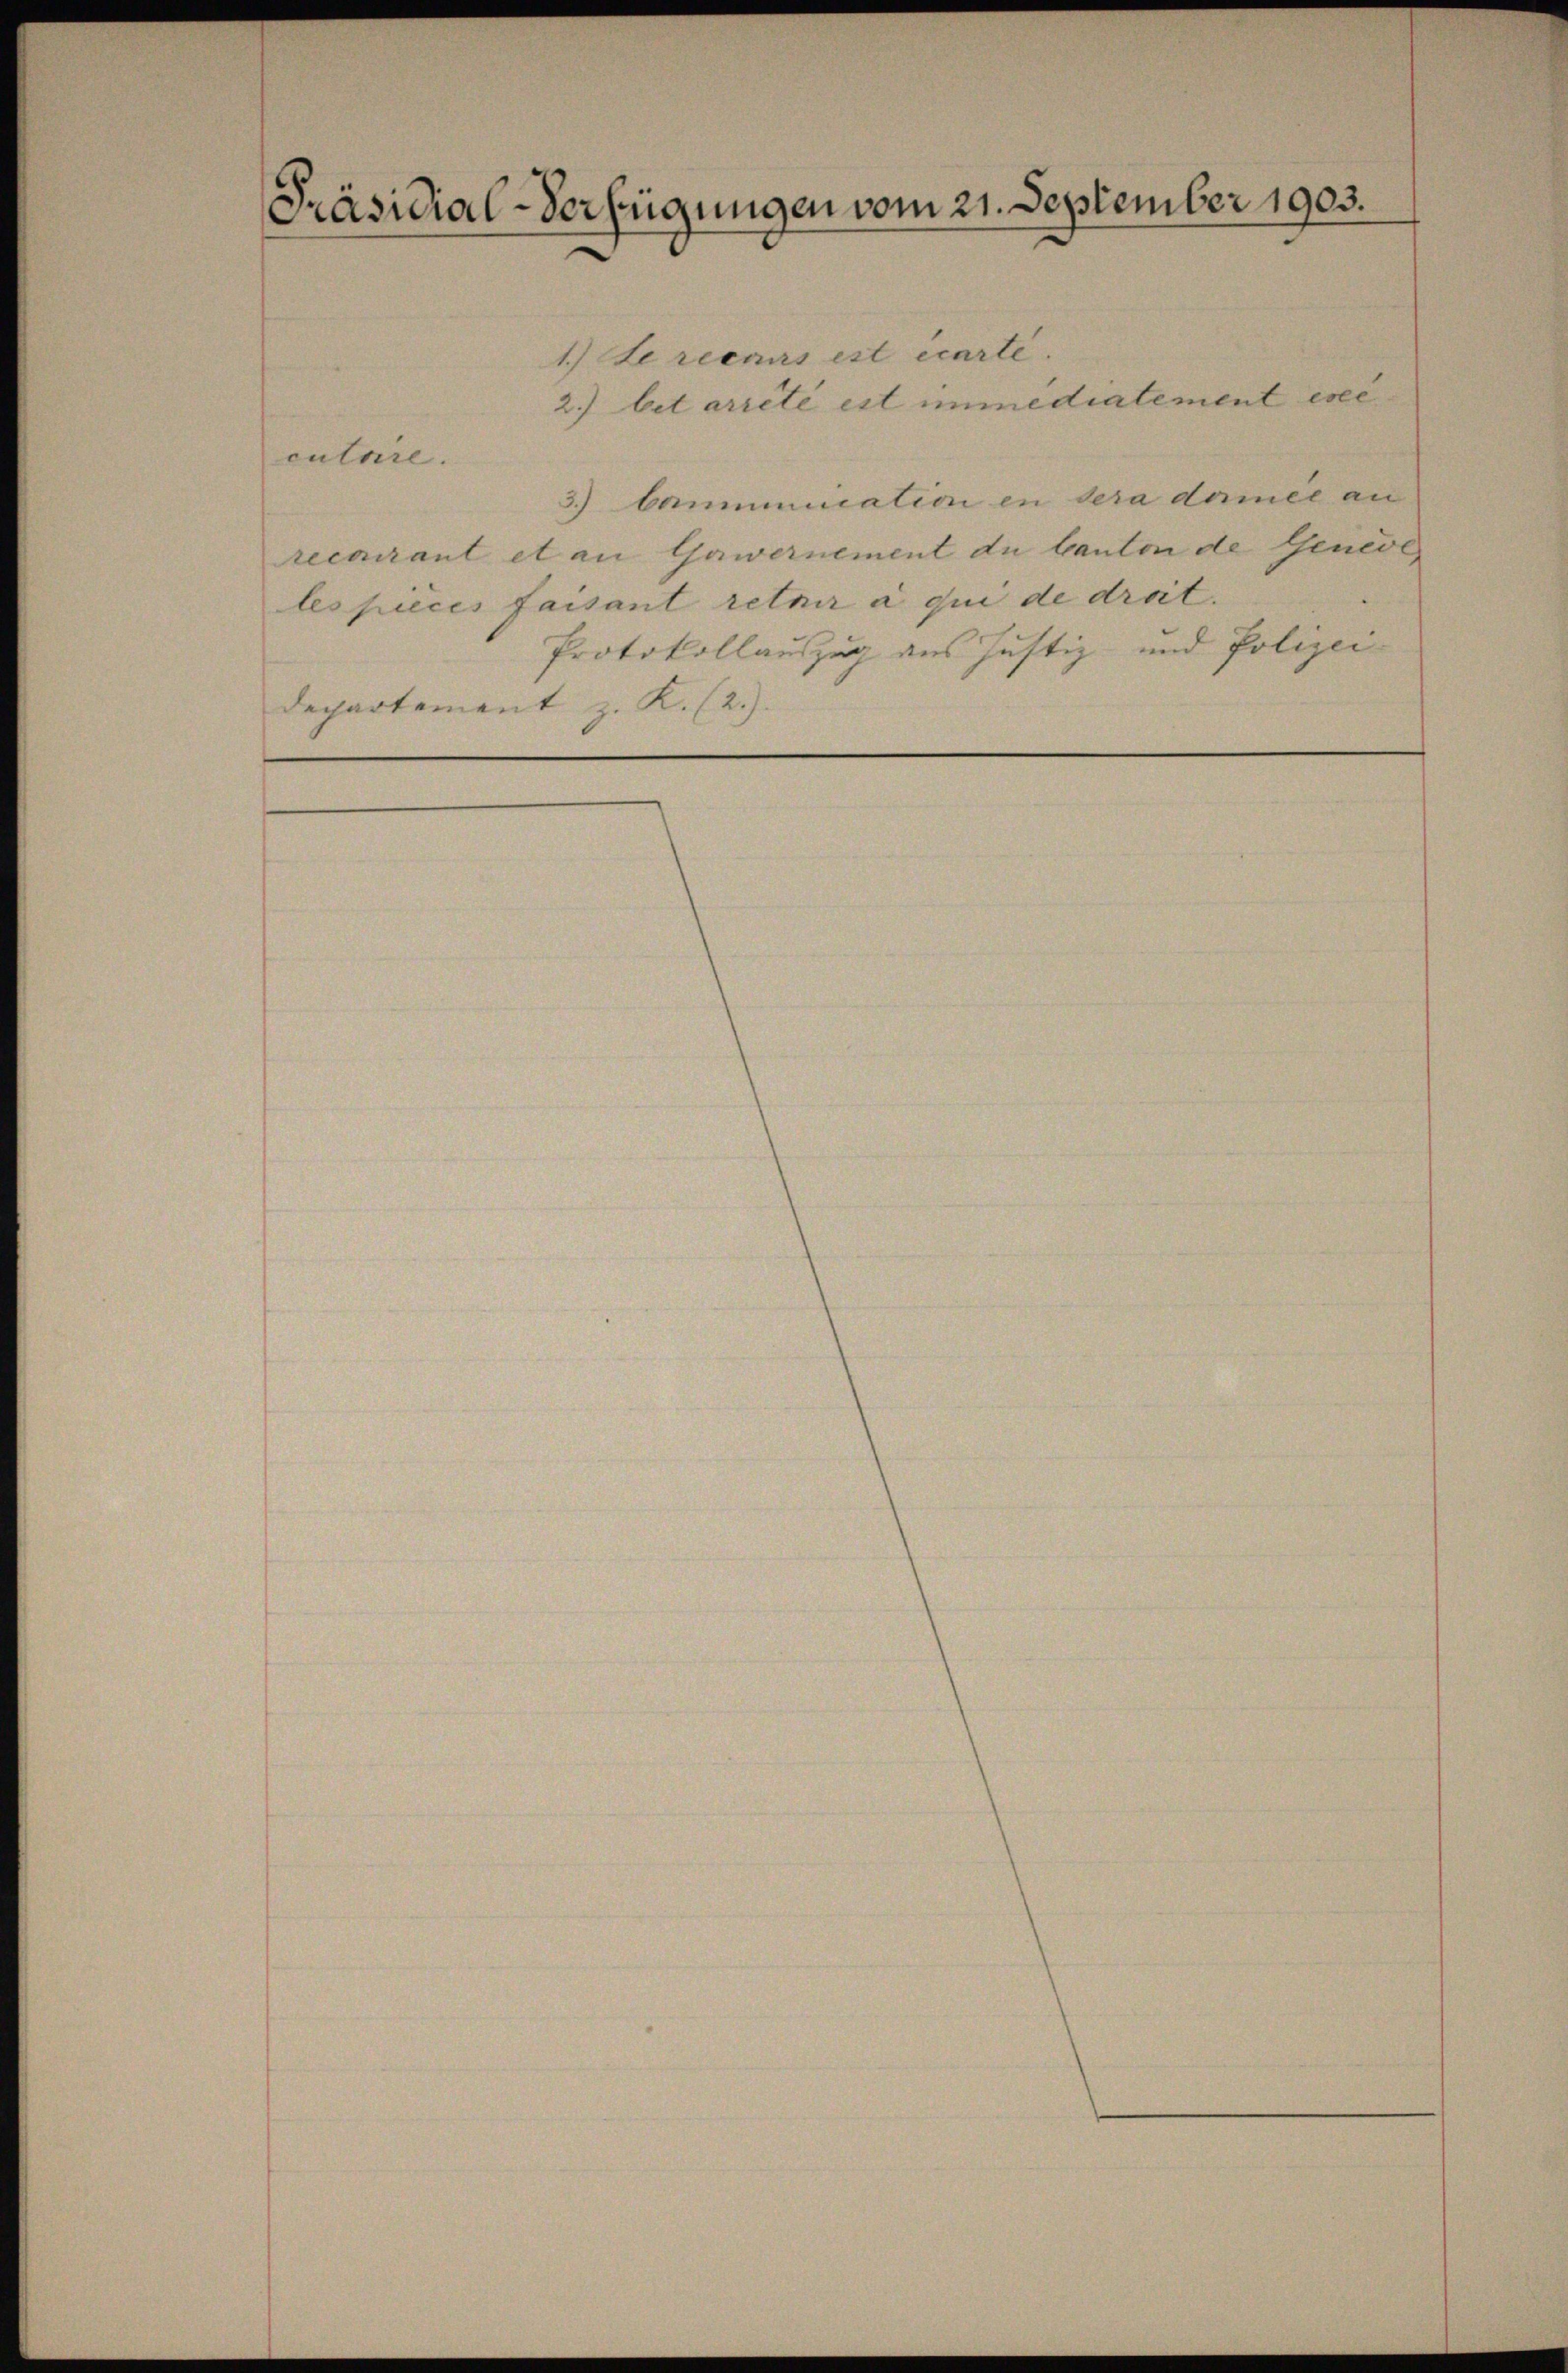
Präsidial-Verfügungen vom 21. September 1903.

1.) Le recours est écarte.
2.) bet arreté est immediatement exec
cutare.
3.) Communication in sera demie an
recarant et an Gawernement du Canton de Genere
lespieces faisant retair à qui de droit. |
Protokollauszug aus Justiz- und Polizei-
Departement z. K. (2.).